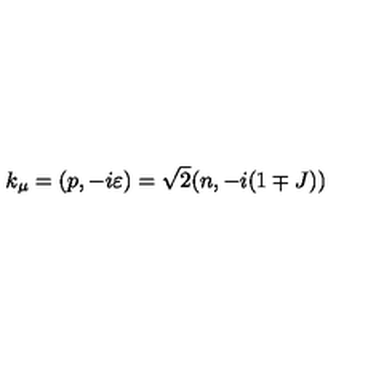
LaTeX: k _ { \mu } = ( p , - i \varepsilon ) = \sqrt { 2 } ( n , - i ( 1 \mp J ) )